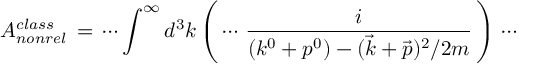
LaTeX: { \cal { A } } _ { n o n r e l } ^ { c l a s s } \, = \, \cdots \int ^ { \infty } d ^ { 3 } k \left( \, \cdots \, \frac { i } { ( k ^ { 0 } + p ^ { 0 } ) - ( \vec { k } + \vec { p } ) ^ { 2 } / 2 m } \, \right) \, \cdots